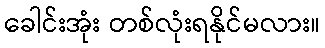
ခေါင်းအုံး တစ်လုံးရနိုင်မလား။